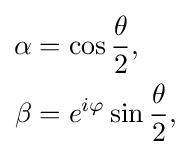
{\begin{aligned}\alpha &=\cos {\frac {\theta }{2}},\\\beta &=e^{i\varphi }\sin {\frac {\theta }{2}},\end{aligned}}